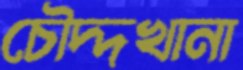
চৌদ্দখানা